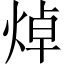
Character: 焯